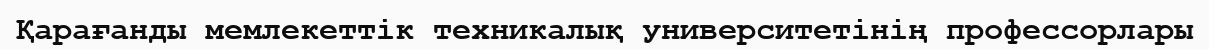
Қарағанды мемлекеттік техникалық университетінің профессорлары